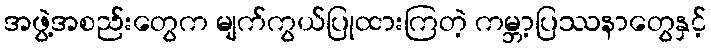
အဖွဲ့အစည်းတွေက မျက်ကွယ်ပြုထားကြတဲ့ ကမ္ဘာ့ပြဿနာတွေနှင့်